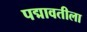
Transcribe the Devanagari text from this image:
पद्मावतीला